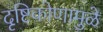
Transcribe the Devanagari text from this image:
दृष्टिकोणामुळे